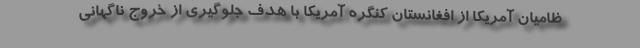
ظامیان آمریکا از افغانستان کنگره آمریکا با هدف جلوگیری از خروج ناگهانی